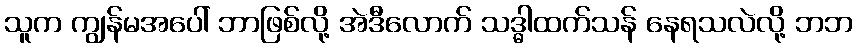
သူက ကျွန်မအပေါ် ဘာဖြစ်လို့ အဲဒီလောက် သဒ္ဓါထက်သန် နေရသလဲလို့ ဘဘ